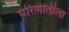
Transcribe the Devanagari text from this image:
परिणीतीला